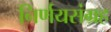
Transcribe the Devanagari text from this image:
निर्णयसंग्रह